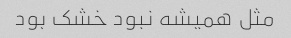
مثل همیشه نبود خشک بود